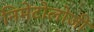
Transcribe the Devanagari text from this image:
निमेटोलोजी